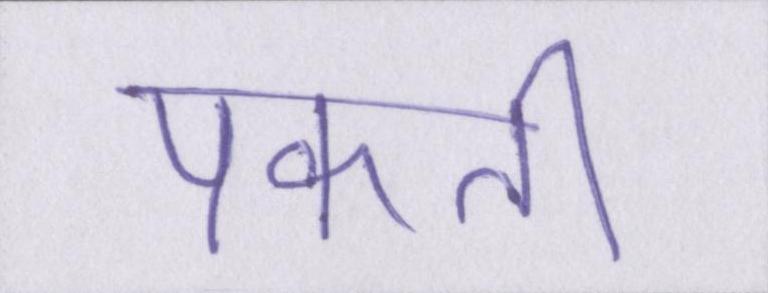
पकाती